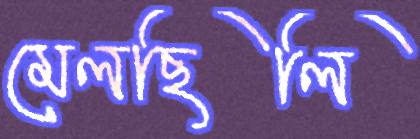
মেলছিলি